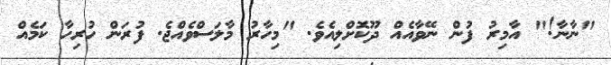
"ނާނާ!" އާމިރު ފުން ނޭވާއެއް ދޫކޮށްލިއެވެ. "މިހާރު މާލަސްވެއްޖެ. ފުރަން ހުރިހާ ކަމެއް